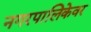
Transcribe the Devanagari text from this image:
नगरपालिकेवर